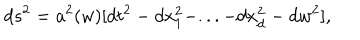
d s ^ { 2 } = a ^ { 2 } ( w ) [ d t ^ { 2 } - d x _ { 1 } ^ { 2 } - . . . - d x _ { d } ^ { 2 } - d w ^ { 2 } ] ,